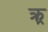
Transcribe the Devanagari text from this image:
क्र्र